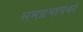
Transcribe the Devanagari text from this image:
समग्रभागको